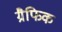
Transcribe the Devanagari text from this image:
ग्रैफिक